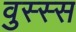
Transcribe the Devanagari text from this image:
वुस्स्स